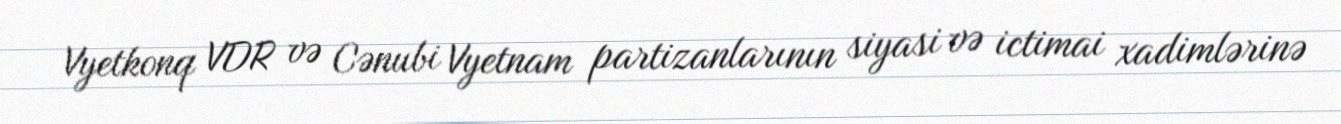
Vyetkonq VDR və Cənubi Vyetnam partizanlarının siyasi və ictimai xadimlərinə